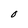
Character: 0